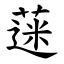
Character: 蒾